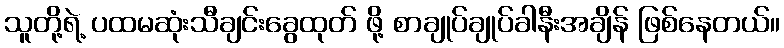
သူတို့ရဲ့ ပထမဆုံးသီချင်းခွေထုတ် ဖို့ စာချုပ်ချုပ်ခါနီးအချိန် ဖြစ်နေတယ်။